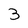
Character: 3